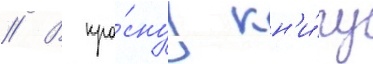
// В кра́снуу кн'и́гу